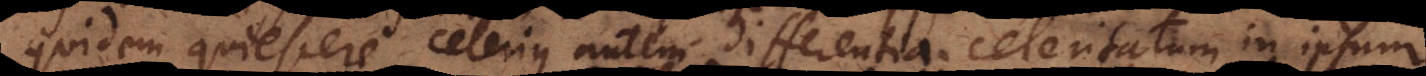
quidem quiescere, celerius autem differentia celeritatum in ipsum